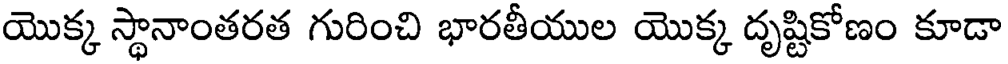
యొక్క స్థానాంతరత గురించి భారతీయుల యొక్క దృష్టికోణం కూడా